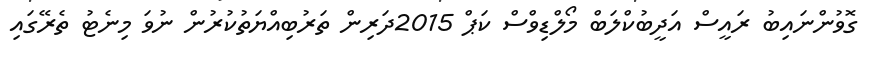
ގޮވުންނައިބު ރައީސް އަދީބުކްލަބް މޯލްޑިވްސް ކަޕް 2015ދަރިން ތަރުބިއްޔަތުކުރުން ނުވަ މިނެޓު ތެރޭގައި